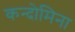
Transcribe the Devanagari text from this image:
कन्दोमिना